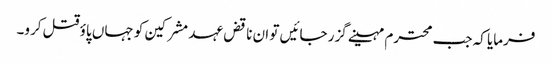
فرمایا کہ جب محترم مہینے گزر جائیں تو ان ناقض عہد مشرکین کو جہاں پاؤ قتل کرو۔